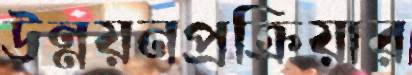
উন্নয়নপ্রক্রিয়ার